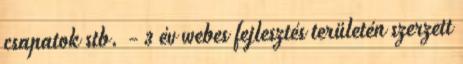
csapatok stb. - 3 év webes fejlesztés területén szerzett